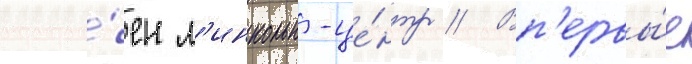
постро́ен л'инкольн-це́нтр // Вп'ервы́е